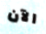
الآن